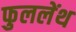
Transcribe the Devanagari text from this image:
फुललेंथ